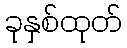
ခုနှစ်ထုတ်